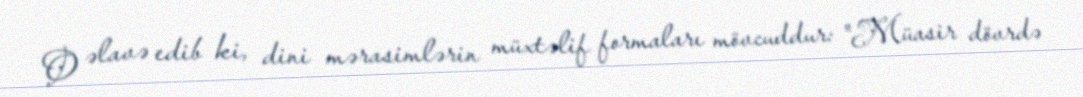
O əlavə edib ki, dini mərasimlərin müxtəlif formaları mövcuddur: "Müasir dövrdə